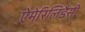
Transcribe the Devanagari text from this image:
ऐमेरिलिडैसी